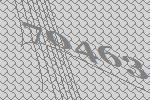
70463